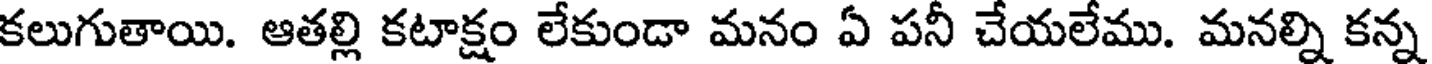
కలుగుతాయి. ఆతల్లి కటాక్షం లేకుండా మనం ఏ పనీ చేయలేము. మనల్ని కన్న